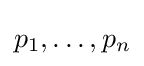
p_{1},\dotsc ,p_{n}